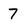
Character: 7